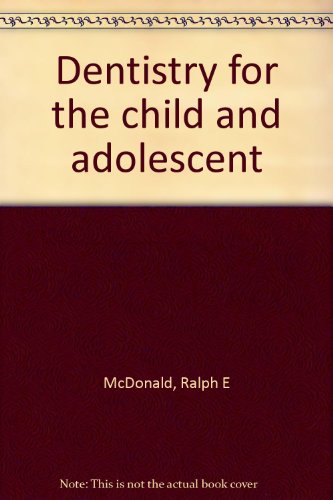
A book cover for Dentistry for the child and adolescent; Ralph E McDonald; Medical Books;